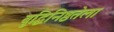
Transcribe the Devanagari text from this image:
बुद्धिनिष्ठतेला